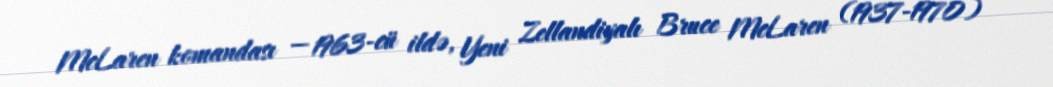
McLaren komandası — 1963-cü ildə, Yeni Zellandiyalı Bruce McLaren (1937-1970)